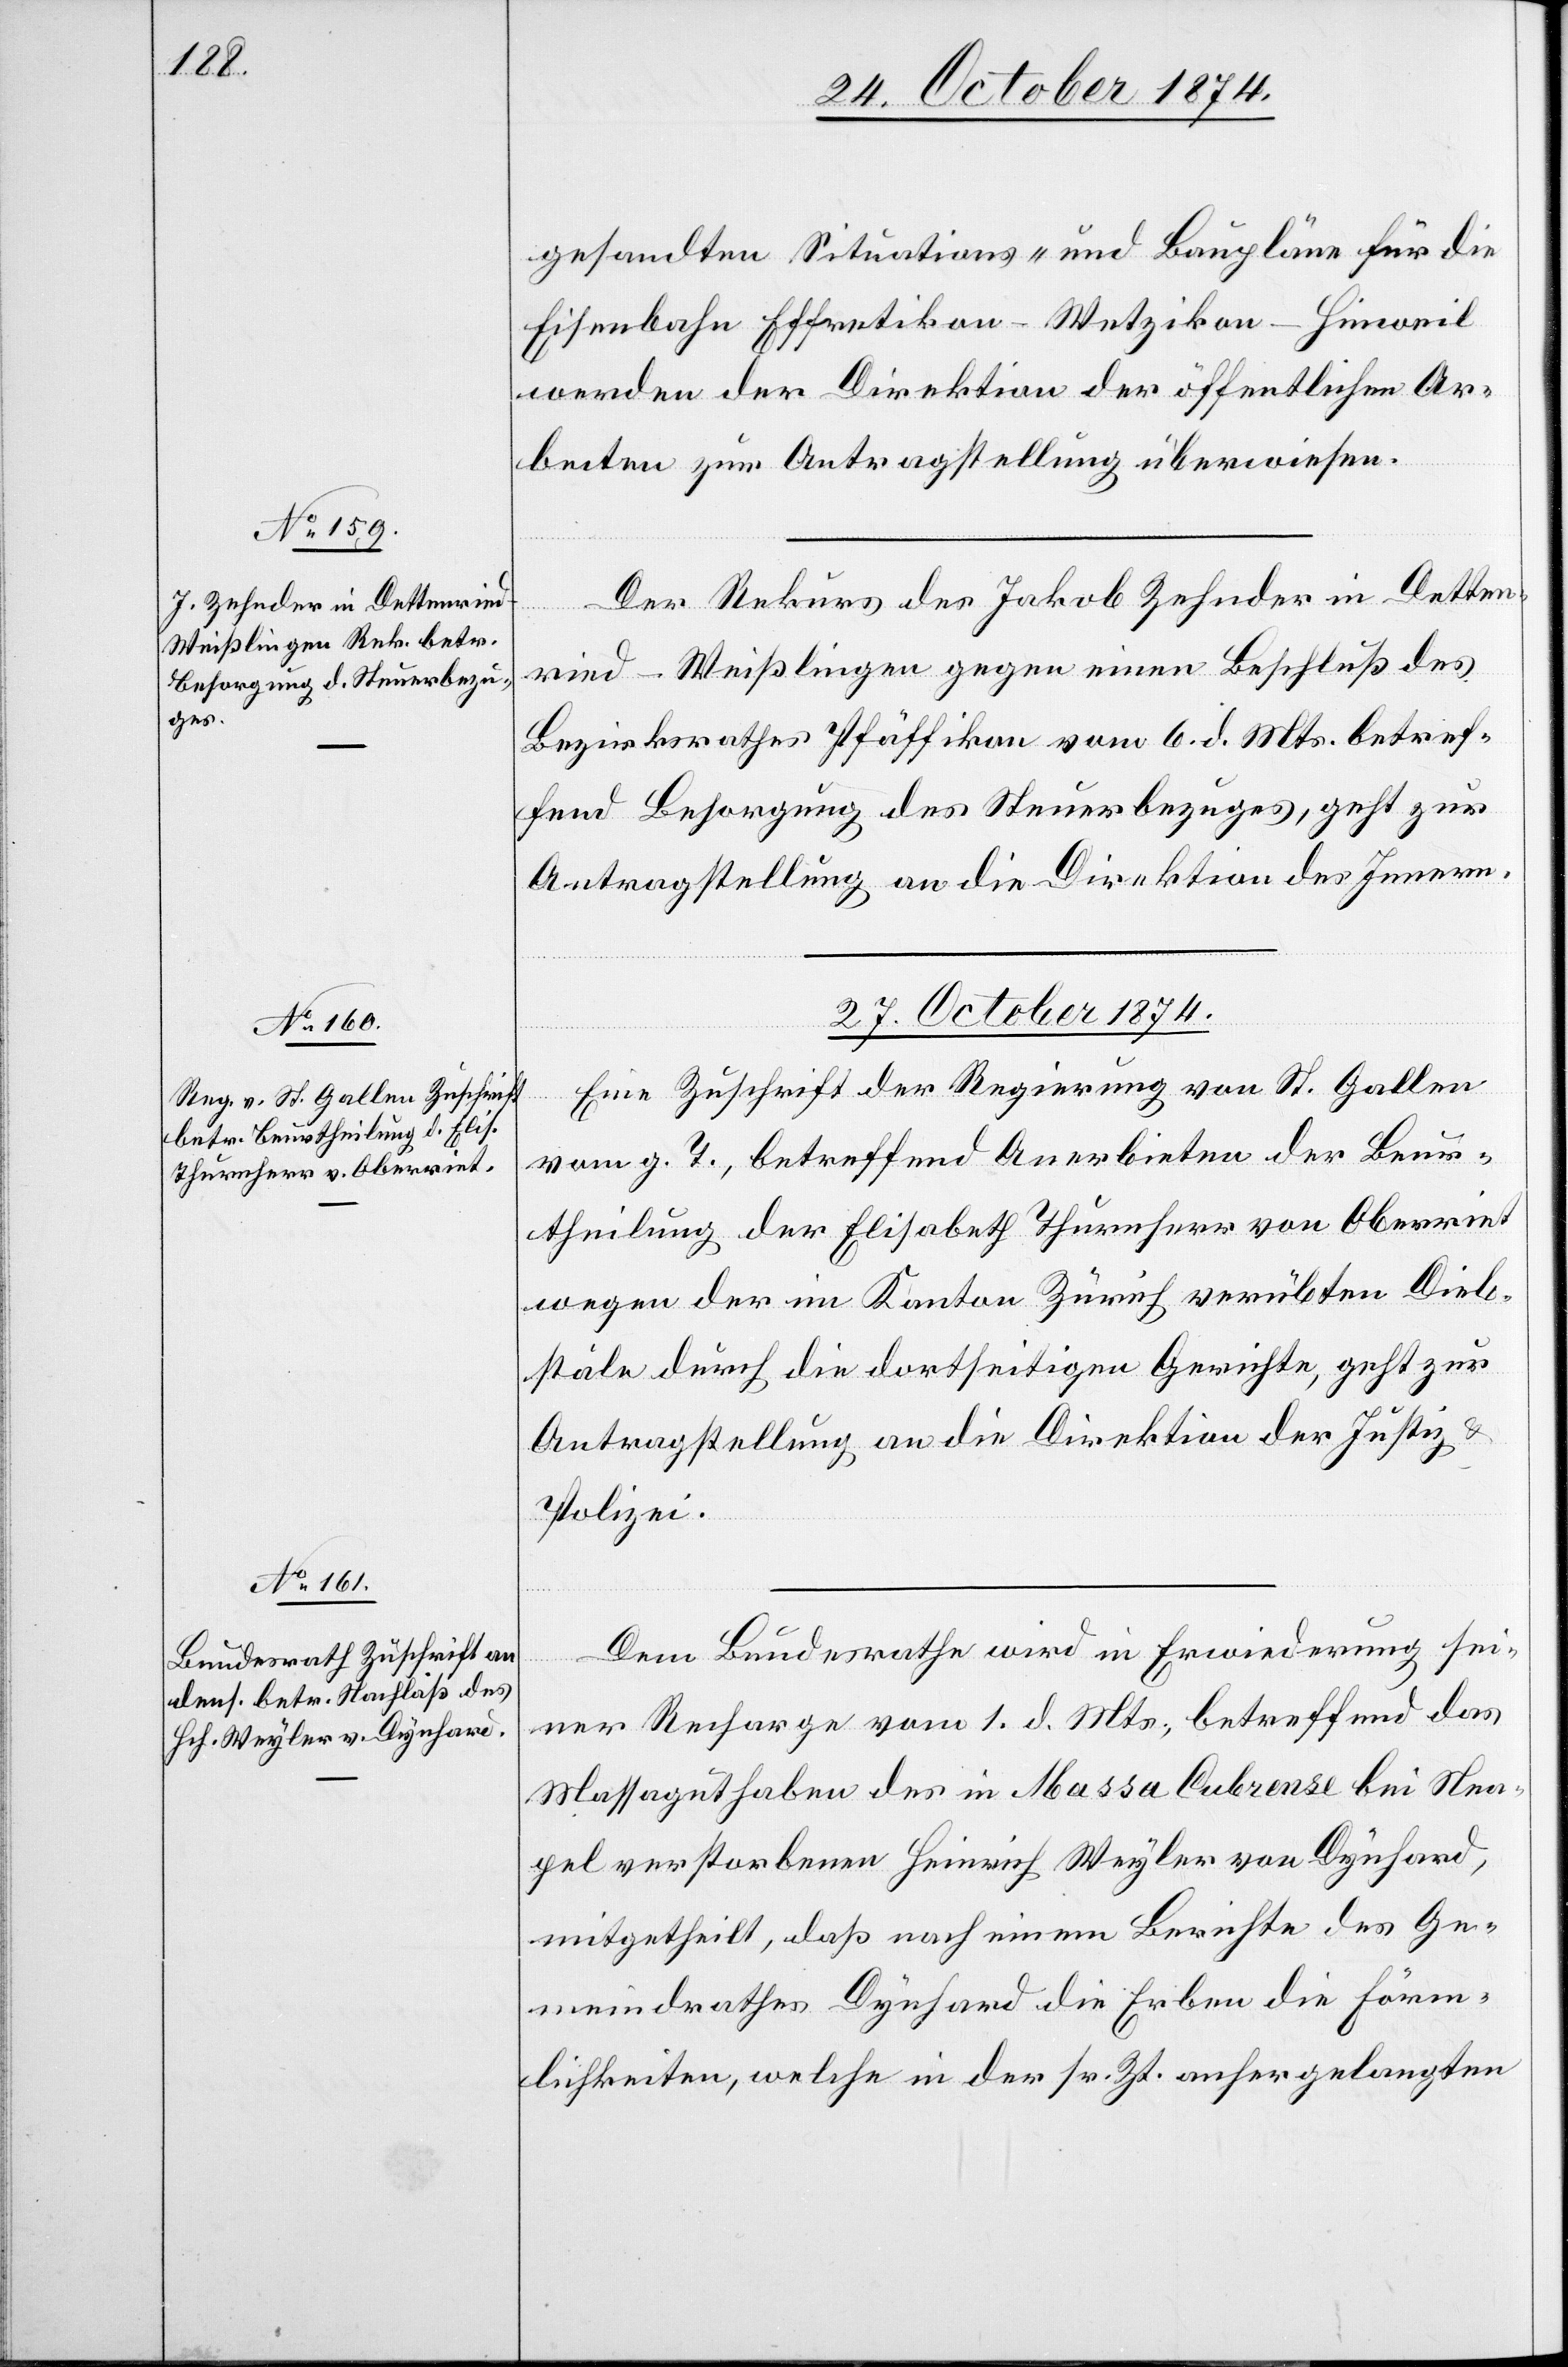
27. October 1874]
gesandten Situations- und Baupläne für die
Eisenbahn Effretikon–Wetzikon–Hinweil
werden der Direktion der öffentlichen Ar¬
beiten zur Antragstellung überwiesen.
Der Rekurs des Jakob Zehnder in Detten¬
ried-Weißlingen gegen einen Beschluß des
Bezirksrathes Pfäffikon vom 6. d. Mts. betref¬
fend Besorgung des Steuerbezuges, geht zur
Antragstellung an die Direktion des Innern.
27. October 1874
Eine Zuschrift der Regierung von St. Gallen
vom g. T., betreffend Anerbieten der Beur¬
theilung der Elisabeth Thurnherr von Oberriet
wegen der im Kanton Zürich verübten Dieb¬
stäle durch die dorthseitigen Gerichte, geht zur
Antragstellung an die Direktion der Justiz &
Polizei.
Dem Bundesrathe wird in Erwiederung sei¬
ner Recharge vom 1. d. Mts., betreffend das
Massaguthaben des in Massa Cabrense bei Nea¬
pel verstorbenen Heinrich Weyler von Dynhard,
mitgetheilt, daß nach einem Berichte des Ge¬
meindrathes Dynhard die Erben die Förm¬
lichkeiten, welche in der sr. Zt. anhergelangten